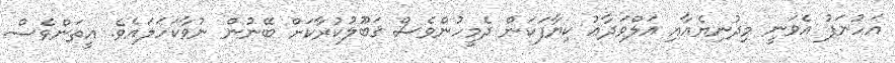
އަހުނަފު އެވަނީ މިދުނިޔެއާއި އަލްވަދާޢު ކިޔާފަކަން ދެމީހުންވެސް ޤަބޫލުކުރާކަށް ބޭނުން ނުވާކަހަލައެވެ. އީތަންވެސް